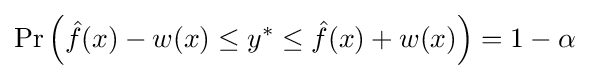
\Pr {\Big (}{\hat {f}}(x)-w(x)\leq y^{*}\leq {\hat {f}}(x)+w(x){\Big )}=1-\alpha